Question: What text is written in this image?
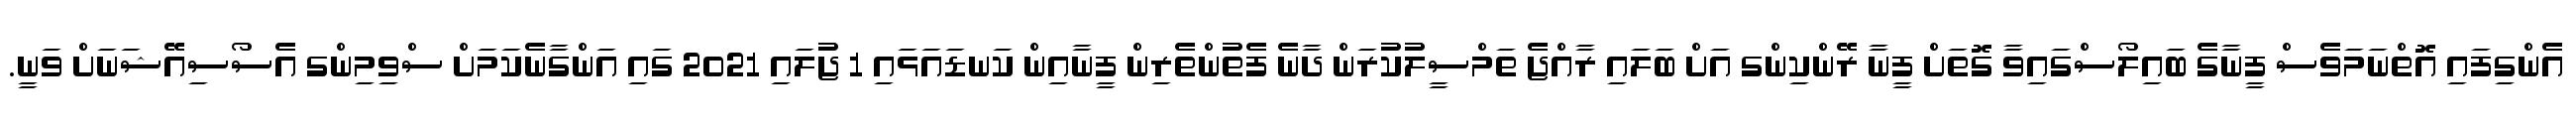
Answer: އެންގިފައި އޮތްނަމަވެސް ފީނާގެ ބައިލޯސްގައިވާ ގޮތަށް ފީނާ ރޭންކިންގ އަށް ބަލައި ރާއްޖެ ތަމްސީލުކުރަން ދާނެ ފެތުންތެރިން ފީނާއިން ކަނޑައަޅައި 1 ޖުލައި 2021 ގައި އަންގާނެކަމަށް ސްވިމިންގ އެސޯސިއޭޝަނަށް ވަނީ.